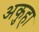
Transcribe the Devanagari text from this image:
अकुहा